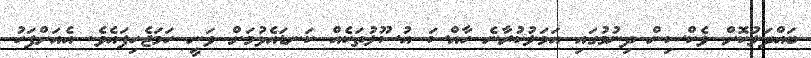
ބައްދަލުކޮށް ވެކްސިން ދިނުމުގައި އަމަލުކުރާނެ ހާއްސަ އުސޫލުތަކެއް ކަނޑައެޅުމަށް ވަނީ ހަމަޖެހިފައެވެ. އެއަށްފަހު